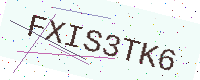
Text: FXIS3TK6